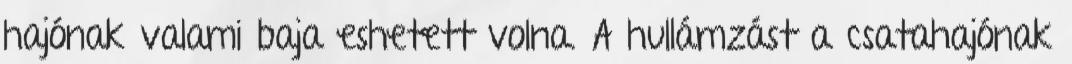
hajónak valami baja eshetett volna. A hullámzást a csatahajónak